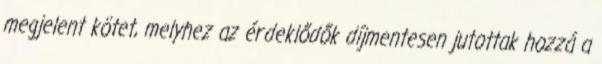
megjelent kötet, melyhez az érdeklődők díjmentesen jutottak hozzá a